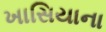
ખાસિયાના